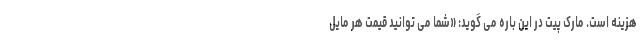
هزینه است. مارک پیت در این باره می گوید: «شما می توانید قیمت هر مایل